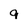
Character: 9